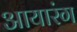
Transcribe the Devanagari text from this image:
आयारंग